Report on sanitation, dispensaries, and jails in Rajputana for 1910, and on vaccination for the year 1910-1911 - 1910-1911
Year: 1910
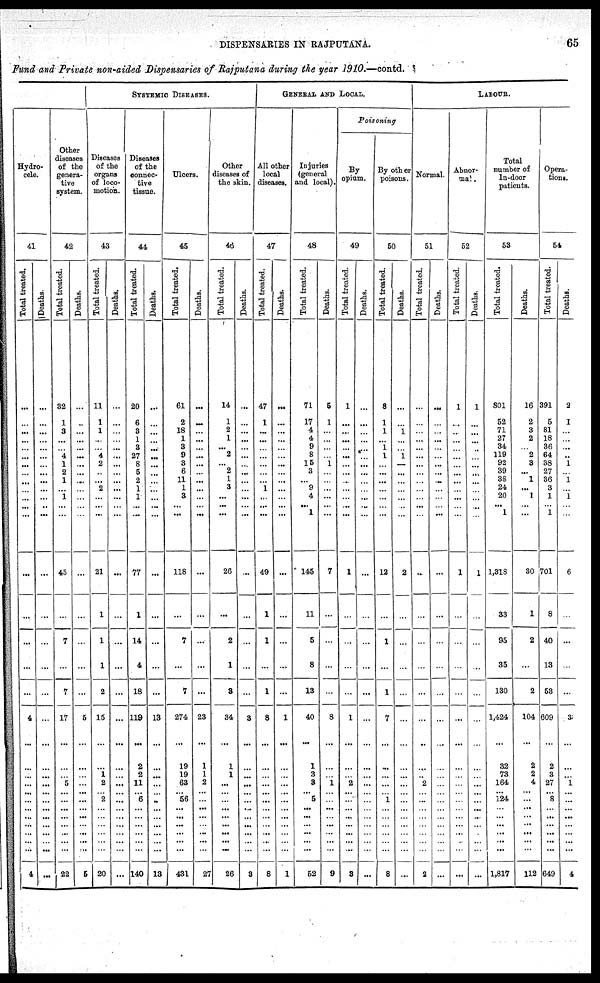
DISPENSARIES IN RAJPUTANA.
65
Fund and Private non-aided Dispensaries of Rajputana during the year 1910.—contd.
Hydro-
cele.
41
Total treated.
...
...
...
...
...
...
...
...
...
...
...
...
...
...
...
...
...
...
4
...
...
...
...
...
... ...
...
...
...
...
...
4
Deaths.
...
...
...
...
...
...
...
...
...
...
...
...
...
...
...
...
...
...
...
...
...
...
...
...
...
...
...
...
...
...
...
...
Other
diseases
of the
genera-
tive
system.
42
Total treated.
32
1
3
...
...
4
1
2
1
...
1
...
...
45
...
7
...
7
17
...
...
...
5
...
... ...
...
...
...
... ...
22
Deaths.
...
...
...
...
...
...
...
...
...
...
...
...
...
...
...
...
...
...
5
...
...
...
...
...
...
...
...
...
...
...
...
5
SYSTEMIC DISEASES.
Diseases
of the
organs
of loco-
motion.
43
Total treated.
11
1
1
...
...
4
2
...
...
2
...
...
...
21
1
1
1
2
15
...
...
1
2
... 2
...
...
...
...
...
...
20
Deaths.
...
...
...
...
...
...
...
...
...
...
...
...
...
...
...
...
...
...
...
...
...
...
...
... ...
...
...
...
...
...
...
...
Diseases
of the
connec-
tive
tissue.
44
Total treated.
20
6
3
1
3
27
8
5
2
1
1
...
...
77
1
14
4
18
119
...
2
2
11
... 6
...
...
...
...
...
...
140
Deaths.
...
...
...
...
...
...
...
...
...
...
...
...
...
...
...
...
...
...
13
...
...
...
...
...
...
...
...
...
...
...
...
13
Ulcers.
45
Total treated.
61
2
18
1
3
9
3
6
11
1
3
... ...
118
...
7
...
7
274
...
19
19
63
... 56
...
...
...
...
...
...
431
Deaths.
...
...
...
...
...
...
...
...
...
...
...
...
...
...
...
...
...
...
23
...
1
1
2
... ...
...
...
...
...
...
...
27
Other
diseases of
the skin.
46
Total treated.
14
1
2
1
...
2
...
2
1
3
...
...
...
26
...
2
1
3
34
...
1
1
...
... ...
...
...
...
...
...
...
26
Deaths.
...
...
...
...
...
...
...
...
...
...
...
...
...
...
...
...
...
...
3
...
...
...
...
...
...
...
...
...
...
...
...
3
GENERAL AND LOCAL.
All other
local
diseases.
47
Total treated.
47
1
...
...
...
...
...
...
...
1
...
...
...
49
1
1
...
1
8
...
...
...
...
...
...
...
...
...
...
...
...
8
Deaths.
...
...
...
...
...
...
...
...
...
...
...
...
...
...
...
...
...
...
1
...
...
...
...
... ...
...
...
...
...
...
...
1
Injuries
(general
and local).
48
Total treated.
71
17
4
4
9
8
15
3
...
9
4
...
1
145
11
5
8
13
40
...
1
3
3
... 5
...
...
...
...
...
...
52
Deaths.
5
1
...
...
...
...
1
...
...
...
...
...
...
7
...
...
...
...
8
...
...
...
1
... ...
...
...
...
...
...
...
9
Poisoning
By
opium.
49
Total treated.
1
...
...
...
...
...
...
...
...
...
...
...
...
1
...
...
...
...
1
...
...
...
2
...
...
...
...
...
...
...
...
3
Deaths.
...
...
...
...
...
...
...
...
...
...
...
...
...
...
...
...
...
...
...
...
...
...
...
... ...
...
...
...
...
...
...
...
By other
poisons.
50
Total treated.
8
1
1
...
1
1
...
...
...
...
...
...
...
12
...
1
...
1
7
...
...
...
...
... 1
...
...
...
...
...
...
8
Deaths.
...
...
1
...
...
1
...
...
...
...
...
...
...
2
...
...
...
...
...
...
...
...
...
... ... ...
...
...
...
...
...
...
LABOUR.
Normal.
51
Total treated.
...
...
...
...
...
...
...
...
...
...
...
...
...
...
...
...
...
...
...
...
...
...
2
... ...
...
...
...
...
...
...
2
Deaths.
...
...
...
...
...
...
...
...
...
...
...
...
...
...
...
...
...
...
...
...
...
...
...
... ...
...
...
...
...
...
...
...
Abnor-
mal .
52
Total treated.
1
...
...
...
...
...
...
...
...
...
...
...
...
1
...
...
...
...
...
...
...
...
...
... ...
...
...
...
...
...
...
...
Deaths.
1
...
...
...
...
...
...
...
...
...
...
...
...
1
...
...
...
...
...
...
...
...
...
...
...
...
...
...
...
...
...
...
Total
number of
In-door
patients.
53
Total treated.
801
52
71
27
34
119
92
39
38
24
20
...
1
1,318
33
95
35
130
1,424
...
32
73
164
... 124
...
...
...
...
...
...
1,817
Deaths.
16
2
3
2
...
2
3
...
1
...
1
...
...
30
1
2
...
2
104
...
2
2
4
... ...
...
...
...
...
...
...
112
Opera-
tions.
54
Total treated.
391
5
81
18
36
64
38
27
36
3
1
...
1
701
8
40
13
53
609
...
2
3
27
... 8
...
...
...
...
...
...
649
Deaths.
2
1
...
...
...
..
1
...
1
...
1
...
...
6
...
...
...
...
3
...
...
...
1
... ...
...
...
...
...
...
...
4